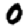
Digit: 0